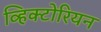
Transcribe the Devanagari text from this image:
व्हिक्टोरियन